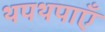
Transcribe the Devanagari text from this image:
थपथपाएँ